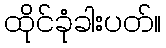
ထိုင်ခုံခါးပတ်။